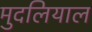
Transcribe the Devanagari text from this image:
मुदलियाल